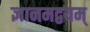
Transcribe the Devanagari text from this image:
ज्ञानमद्वयम्‌